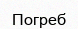
Погреб